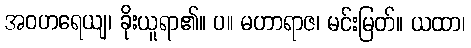
အဝဟရေယျ၊ ခိုးယူရာ၏။ ပ။ မဟာရာဇ၊ မင်းမြတ်။ ယထာ၊